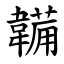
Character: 韛